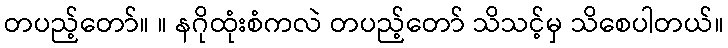
တပည့်တော်။ ။ နဂိုထုံးစံကလဲ တပည့်တော် သိသင့်မှ သိစေပါတယ်။